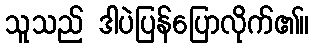
သူသည် ဒါပဲပြန်ပြောလိုက်၏။